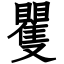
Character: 矍